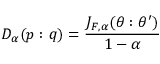
D _ { \alpha } ( p : q ) = { \frac { J _ { F , \alpha } ( \theta : \theta ^ { \prime } ) } { 1 - \alpha } }